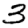
Digit: 3